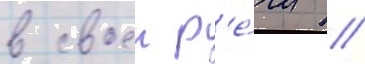
в своеи р'е́чи //